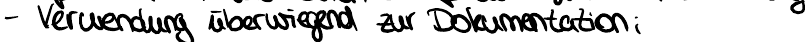
- Verwendung überwiegend zur Dokumentation;